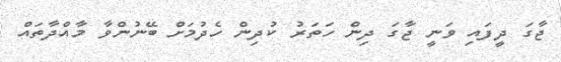
ޖާގަ ދީފައި ވަނީ ޖާގަ ދިން ހަތަރު ކުދިން ހެދުމަށް ބޭނުންވާ މާއްދާތައް